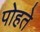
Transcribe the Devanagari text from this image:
पोहते